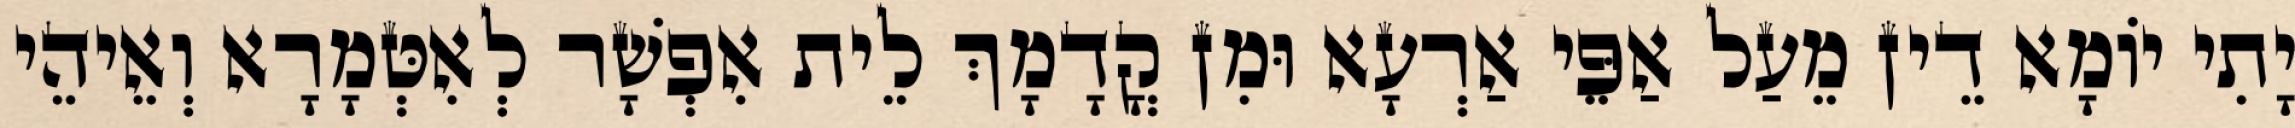
יָתִי יוֹמָא דֵין מֵעַל אַפֵּי אַרְעָא וּמִן קֳדָמָךְ לֵית אִפְשָׁר לְאִטְּמָרָא וְאֵיהֵי